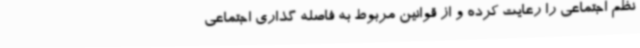
نظم اجتماعی را رعایت کرده و از قوانین مربوط به فاصله گذاری اجتماعی